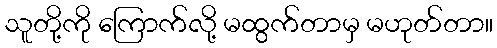
သူတို့ကို ကြောက်လို့ မထွက်တာမှ မဟုတ်တာ။